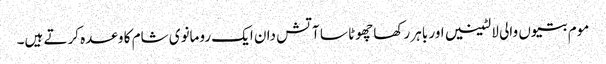
موم بتیوں والی لالٹینیں اور باہر رکھا چھوٹا سا آتش دان ایک رومانوی شام کا وعدہ کرتے ہیں۔